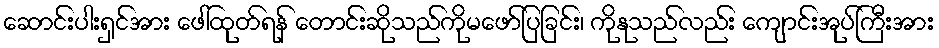
ဆောင်းပါးရှင်အား ဖေါ်ထုတ်ရန် တောင်းဆိုသည်ကိုမဖော်ပြခြင်း၊ ကိုနုသည်လည်း ကျောင်းအုပ်ကြီးအား